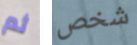
ثم شخص